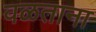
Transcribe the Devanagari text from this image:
वळताना